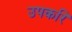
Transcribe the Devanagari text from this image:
उपकरि